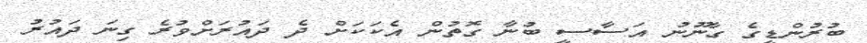
ބުރުންޑީގެ ގާނޫނު އަސާސީ ބުނާ ގޮތުން އެކަކަށް ދެ ދައުރަށްވުރެ ގިނަ ދައުރު